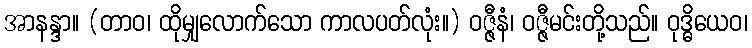
အာနန္ဒာ။ (တာဝ၊ ထိုမျှလောက်သော ကာလပတ်လုံး။) ဝဇ္ဇီနံ၊ ဝဇ္ဇီမင်းတို့သည်။ ဝုဒ္ဓိယေဝ၊